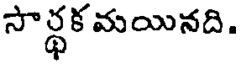
సార్థక మయినది.